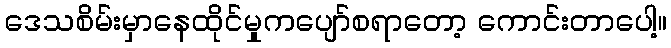
ဒေသစိမ်းမှာနေထိုင်မှုကပျော်စရာတော့ ကောင်းတာပေါ့။